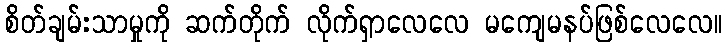
စိတ်ချမ်းသာမှုကို ဆက်တိုက် လိုက်ရှာလေလေ မကျေမနပ်ဖြစ်လေလေ။